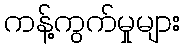
ကန့်ကွက်မှုများ